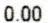
0.00